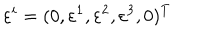
\varepsilon ^ { i } = ( 0 , \varepsilon ^ { 1 } , \varepsilon ^ { 2 } , \varepsilon ^ { 3 } , 0 ) ^ { T }